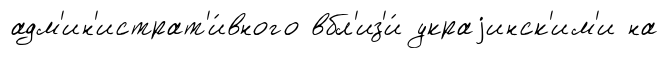
адм'ин'истрат'и́вного вбл'из'и́ украjинск'им'и на